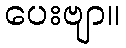
ပေးဗျာ။